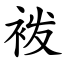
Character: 袯